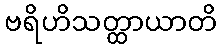
ဗရိဟိသတ္ထာယာတိ